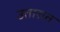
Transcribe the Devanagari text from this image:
उतारात